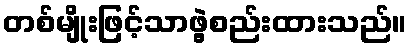
တစ်မျိုးဖြင့်သာဖွဲ့စည်းထားသည်။